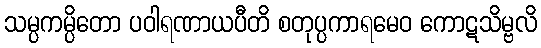
သမ္ပကမ္ပိတော ပဝါရဏာယပီတိ စတုပ္ပကာရမေဝ ကောဋသိမ္ဗလိ